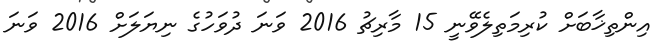
އިންތިޚާބަށް ކުރިމަތިލެވޭނީ 15 މާރިޗު 2016 ވަނަ ދުވަހުގެ ނިޔަލަށް 2016 ވަނަ